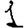
Digit: 1